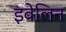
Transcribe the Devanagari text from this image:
इवेलिन